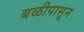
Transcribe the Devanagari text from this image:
बळीपासून